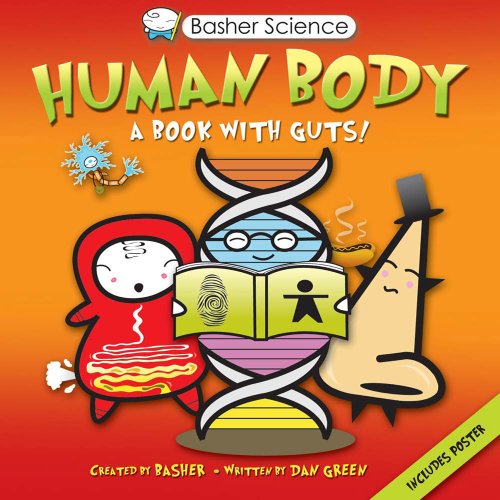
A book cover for Human Body: A Book with Guts! (Basher Science); Dan Green; Children's Books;